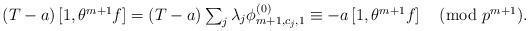
\begin{align*}\textstyle (T - a) \left[1,\theta^{m+1}f\right] & \textstyle = (T - a) \sum_j \lambda_j\phi_{m+1,c_j,1}^{(0)} \equiv -a\left[1,\theta^{m+1}f\right] \pmod{p^{m+1}}.\end{align*}